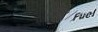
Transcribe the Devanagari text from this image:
तेजः।।